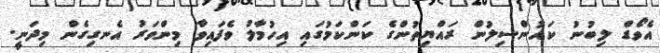
އެވޯޑް ލިބުނު ކައުންސިލުން ރައްޔިތުންގެ ކަންކަމުގައި އިހުމާލު ވެފައިވާ މިންވަރު އެނގިގެން މިދަނީ.